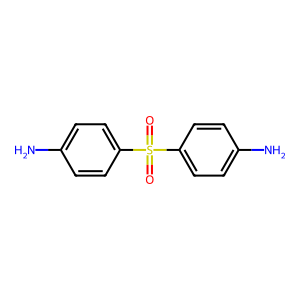
SMILES: Nc1ccc(S(=O)(=O)c2ccc(N)cc2)cc1
Inhibits HIV replication: No